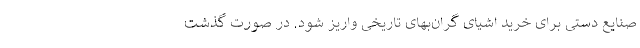
صنایع دستی برای خرید اشیای گران‌بهای تاریخی واریز شود. در صورت گذشت